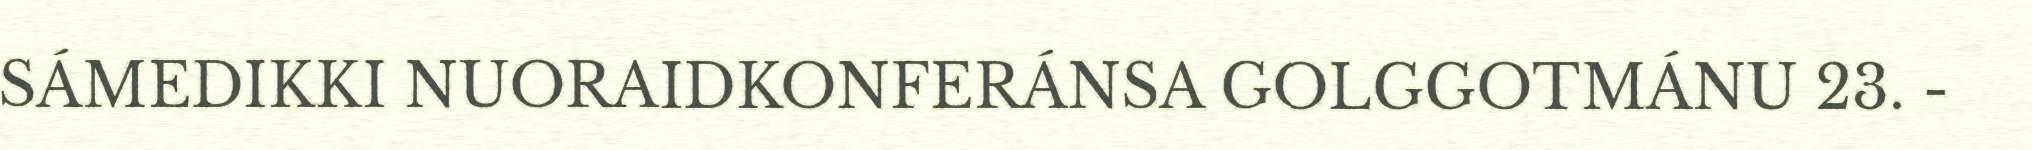
SÁMEDIKKI NUORAIDKONFERÁNSA GOLGGOTMÁNU 23. -